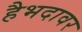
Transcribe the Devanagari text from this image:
हैभदावर